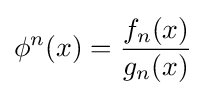
\phi ^{n}(x)={\frac {f_{n}(x)}{g_{n}(x)}}